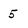
Character: 5